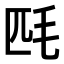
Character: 𣬮